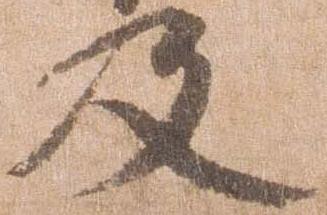
及